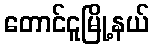
တောင်ငူမြို့နယ်